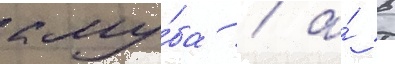
клу́ба / а́ в